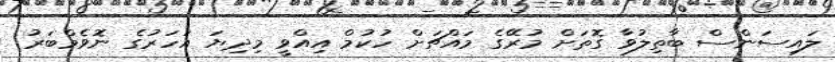
ލައިސަންސް ބާތިިލުވާ ގޮތަށް މުރޭގެ މައްޗަށް ހުކުމް އިއްވީ މިދިޔަ އަހަރުގެ ނޮވެމްބަރު